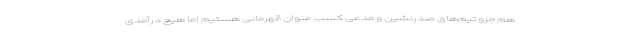
هم جزو تیم‌های صدرنشین و مدعی کسب عنوان قهرمانی هستیم اما هیچ درآمدی